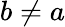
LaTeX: b\neq a